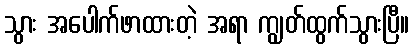
သွား အပေါက်ဖာထားတဲ့ အရာ ကျွတ်ထွက်သွားပြီ။